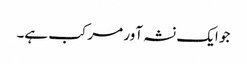
جو ایک نشہ آور مرکب ہے۔